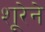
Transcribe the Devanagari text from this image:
शूरेने